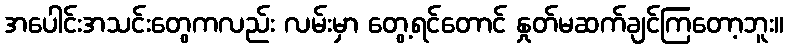
အပေါင်းအသင်းတွေကလည်း လမ်းမှာ တွေ့ရင်တောင် နှုတ်မဆက်ချင်ကြတော့ဘူး။